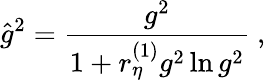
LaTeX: {\hat{g}}^{2}=\frac{g^{2}}{1+r_{\eta}^{(1)}g^{2}\ln g^{2}}\ ,